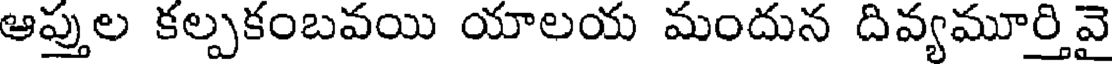
ఆప్తుల కల్పకంబవయి యాలయ మందున దివ్యమూర్తివై